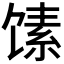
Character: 𲋩